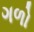
ગળો